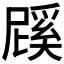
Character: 𭕱